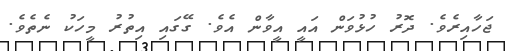
ޖަހާއިރެވެ. ދޮރު ހުޅުވަން އައީ އީވާން އެވެ. ގޭގައި އިތުރު މީހަކު ނެތެވެ.